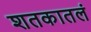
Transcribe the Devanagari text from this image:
शतकातलं